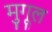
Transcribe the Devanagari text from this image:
मुगूल